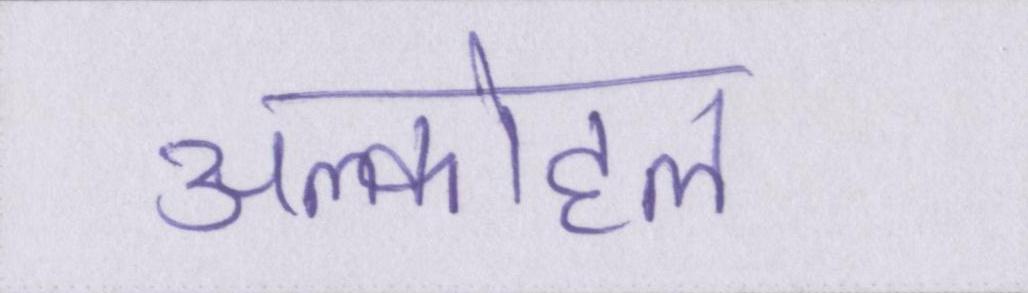
अल्कोहल